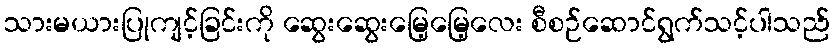
သားမယားပြုကျင့်ခြင်းကို ဆွေးဆွေးမြေ့မြေ့လေး စီစဉ်ဆောင်ရွက်သင့်ပါသည်